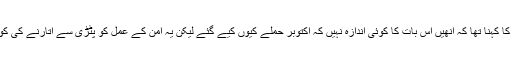
آنگ سانگ سوچی کا کہنا تھا کہ انھیں اس بات کا کوئی اندازہ نہیں کہ اکتوبر حملے کیوں کیے گئے لیکن یہ امن کے عمل کو پٹڑی سے اتارنے کی کوشش ہو سکتی ہے۔